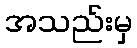
အသည်းမှ